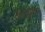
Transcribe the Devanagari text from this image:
उलझेपन